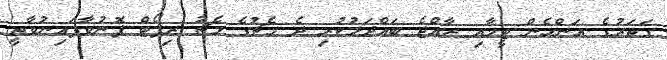
ގަތަރުގެ އަންހެން ޓީމާއި ރާއްޖެ ބައްދަލުކުރި ދެ މެޗުގެ މެޗު ރިޕޯޓް ފޮނުވާފައިނުވާތީ